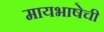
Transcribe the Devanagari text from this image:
मायभाषेची